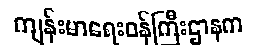
ကျန်းမာရေးဝန်ကြီးဌာနက